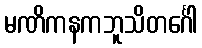
မဏိကနကဘူသိတင်္ဂေါ